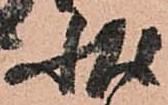
状